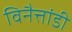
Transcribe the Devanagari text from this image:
विनैत्तांडी